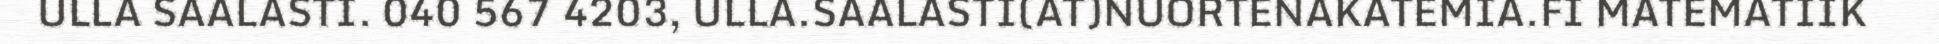
ULLA SAALASTI. 040 567 4203, ULLA.SAALASTI(AT)NUORTENAKATEMIA.FI MATEMATIIK